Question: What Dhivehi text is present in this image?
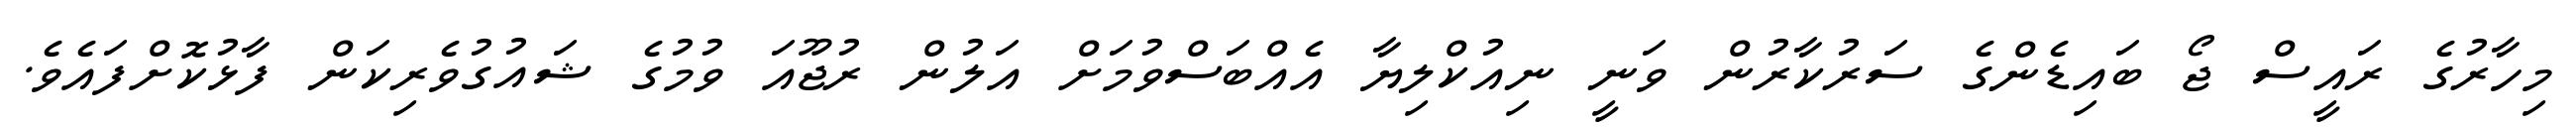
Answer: މިހާރުގެ ރައީސް ޖޯ ބައިޑެންގެ ސަރުކާރުން ވަނީ ނިއުކްލިޔާ އެއްބަސްވުމަށް އަލުން ރުޖޫއަ ވުމުގެ ޝައުގުވެރިކަން ފާޅުކޮށްފައެވެ.